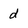
Character: d